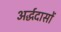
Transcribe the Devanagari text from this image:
अर्द्धदासों